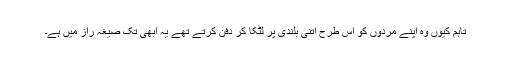
تاہم کیوں وہ اپنے مردوں کو اس طرح اتنی بلندی پر لٹکا کر دفن کرتے تھے یہ ابھی تک صیغہ راز میں ہے۔